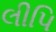
લીપિ